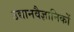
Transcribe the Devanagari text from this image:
उद्यानवैज्ञानिकों